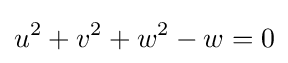
u^{2}+v^{2}+w^{2}-w=0